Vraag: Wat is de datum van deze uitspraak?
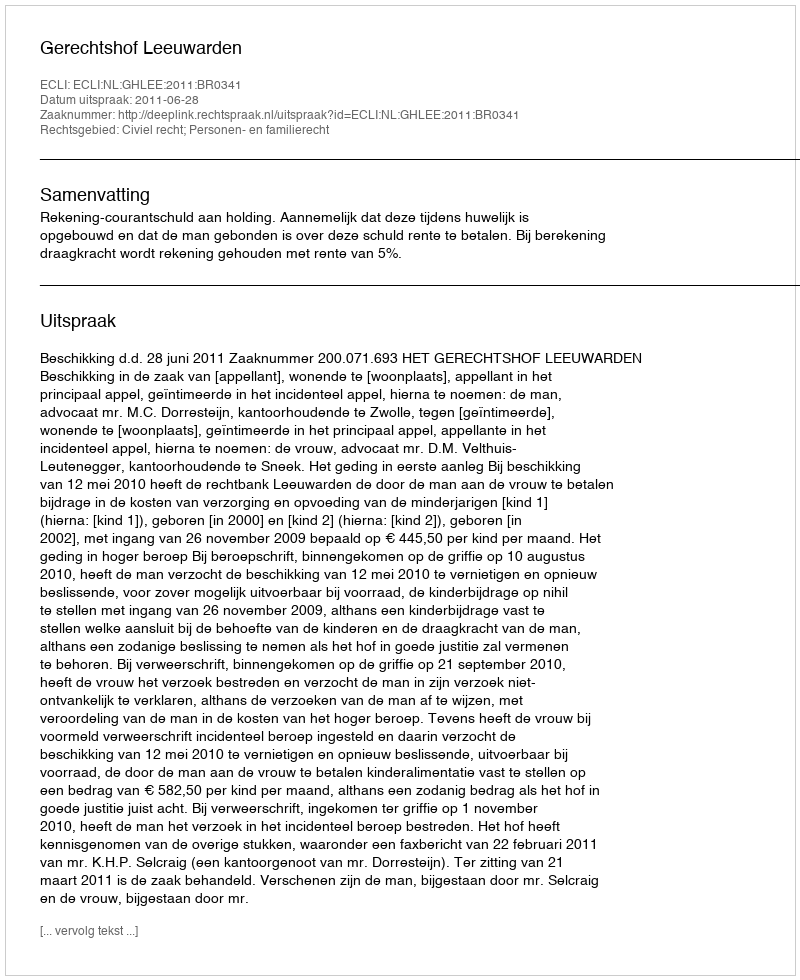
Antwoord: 2011-06-28